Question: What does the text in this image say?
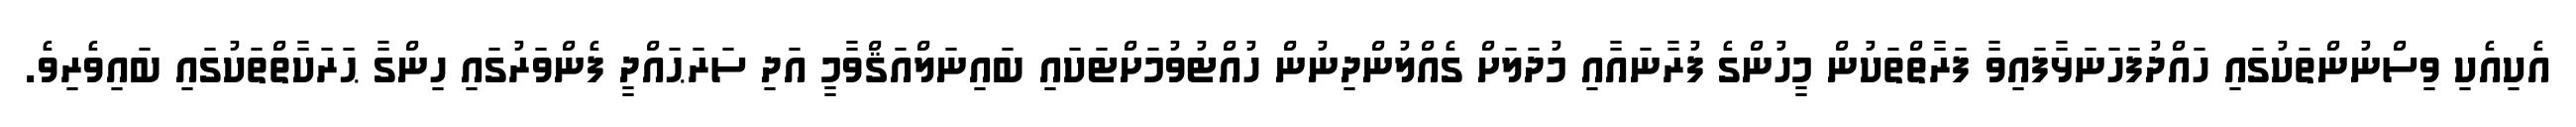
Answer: އެކިއެކި ވިސްނުންތަކުގައި ހައްދުފަހަނަޅާފައިވާ ފަރާތްތަކުން މީހުންގެ ފުރާނައާއި މުދަލަށް ގެއްލުންދިނުން ހުއްޓުވުމަށްޓަކައި ބައިނަލްއަޤްވާމީ އަދި ސަރަޙައްދީ ފެންވަރުގައި ހިންގާ ޙަރަކާތްތަކުގައި ބައިވެރިވެ.